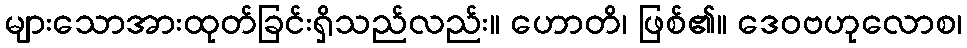
များသောအားထုတ်ခြင်းရှိသည်လည်း။ ဟောတိ၊ ဖြစ်၏။ ဒေဝဗဟုလောစ၊